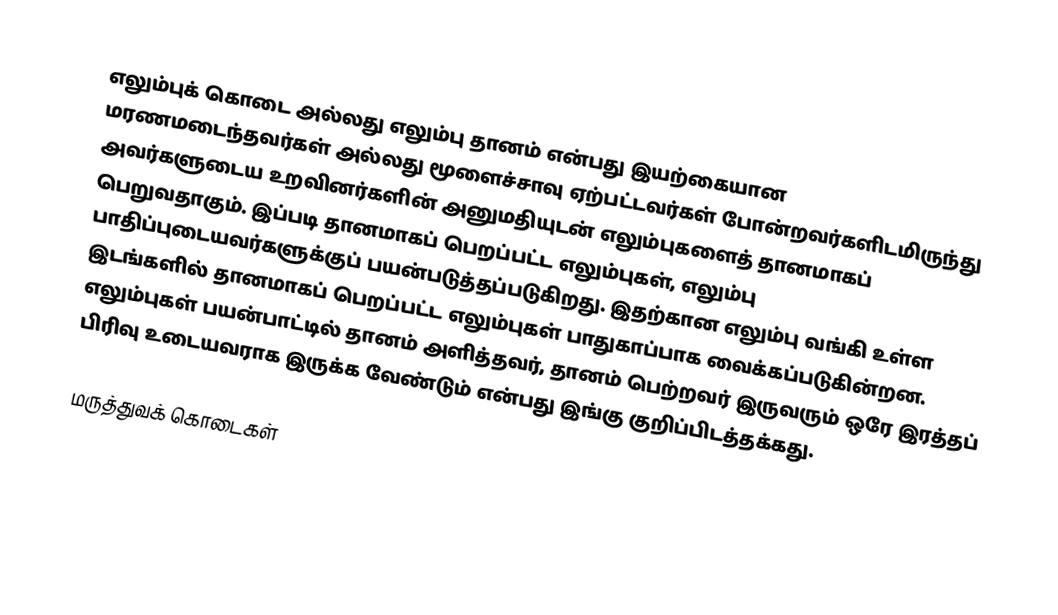
எலும்புக் கொடை அல்லது எலும்பு தானம் என்பது இயற்கையான மரணமடைந்தவர்கள் அல்லது மூளைச்சாவு ஏற்பட்டவர்கள் போன்றவர்களிடமிருந்து அவர்களுடைய உறவினர்களின் அனுமதியுடன் எலும்புகளைத் தானமாகப் பெறுவதாகும். இப்படி தானமாகப் பெறப்பட்ட எலும்புகள், எலும்பு பாதிப்புடையவர்களுக்குப் பயன்படுத்தப்படுகிறது. இதற்கான எலும்பு வங்கி உள்ள இடங்களில் தானமாகப் பெறப்பட்ட எலும்புகள் பாதுகாப்பாக வைக்கப்படுகின்றன. எலும்புகள் பயன்பாட்டில் தானம் அளித்தவர், தானம் பெற்றவர் இருவரும் ஒரே இரத்தப் பிரிவு உடையவராக இருக்க வேண்டும் என்பது இங்கு குறிப்பிடத்தக்கது.

மருத்துவக் கொடைகள்